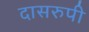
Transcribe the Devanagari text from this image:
दासरुपी